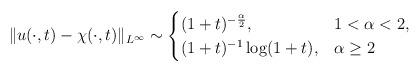
LaTeX: \begin{align*}\|u(\cdot, t)-\chi(\cdot, t)\|_{L^{\infty}} \sim \begin{cases}(1+t)^{-\frac{\alpha}{2}}, &1<\alpha<2, \\(1+t)^{-1}\log(1+t), &\alpha \ge2\end{cases} \end{align*}